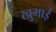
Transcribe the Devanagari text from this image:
खुमाई